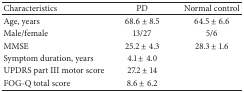
| Characteristics | PD | Normal control |
 | --- | --- | --- |
 | Age, years | 68.6 ± 8.5 | 64.5 ± 6.6 |
 | Male/female | 13/27 | 5/6 |
 | MMSE | 25.2 ± 4.3 | 28.3 ± 1.6 |
 | Symptom duration, years | 4.1 ± 4.0 |  |
 | UPDRS part III motor score | 27.2 ± 14 |  |
 | FOG-Q total score | 8.6 ± 6.2 |  |